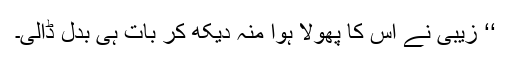
‘‘ زیبی نے اس کا پھولا ہوا منہ دیکھ کر بات ہی بدل ڈالی۔